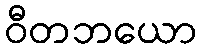
ဝီတဘယော